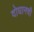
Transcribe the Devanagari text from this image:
दोघानची